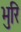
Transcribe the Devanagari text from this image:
भुरि